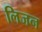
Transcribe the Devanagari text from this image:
लिजन